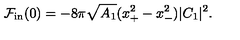
{ \cal F } _ { \mathrm { i n } } ( 0 ) = - 8 \pi \sqrt { A _ { 1 } } ( x _ { + } ^ { 2 } - x _ { - } ^ { 2 } ) | C _ { 1 } | ^ { 2 } .